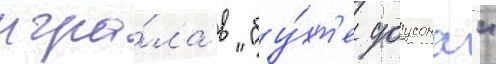
игра́ла в "бу́хт'е доусона"